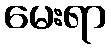
မေးရာ